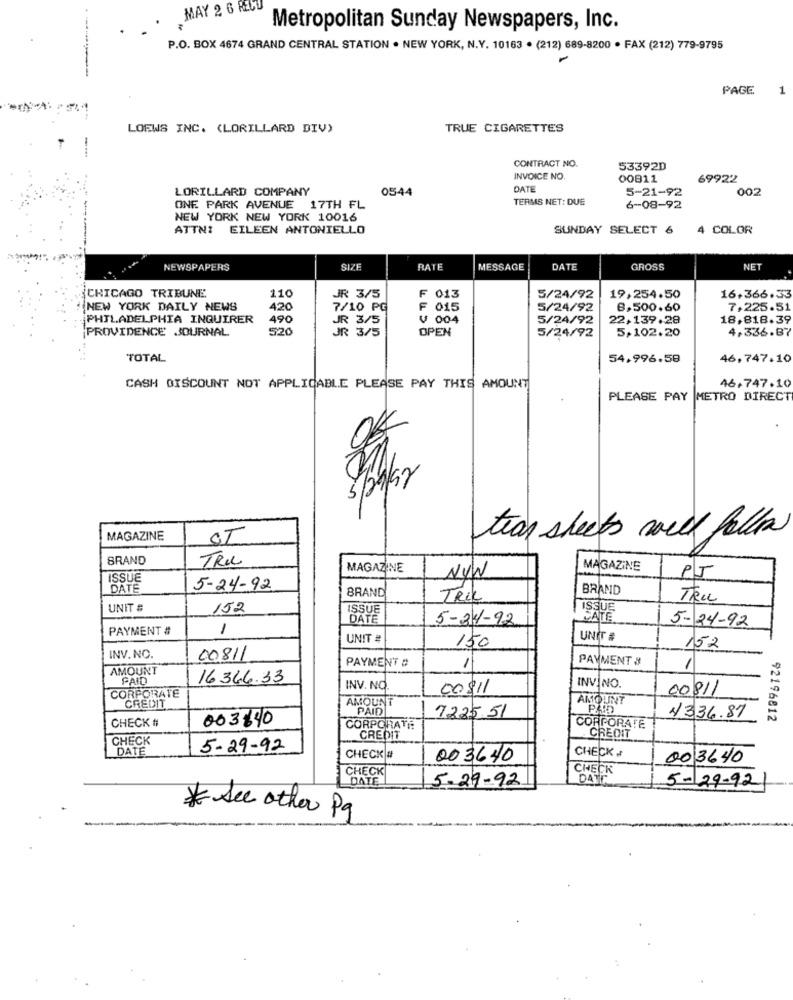
MAY 2 6 RECU
Metropolitan Sunday Newspapers, Inc.
P.O. BOX 4674 GRAND CENTRAL STATION . NEW YORK, N.Y. 10163 . (212) 689-8200 · FAX (212) 779-9795
PAGE
1
LOEWS INC. (LORILLARD DIV)
TRUE CIGARETTES
--
CONTRACT NO.
53392D
INVOICE NO.
00811
69922
LORILLARD COMPANY
0544
DATE
5-21-92
002
TERMS NET: DUE
ONE PARK AVENUE 17TH FL
6-08-92
NEW YORK NEW YORK 10016
ATTN: EILEEN ANTONIELLO
SUNDAY SELECT 6
4 COLOR
NEWSPAPERS
SIZE
RATE
MESSAGE
DATE
GROSS
NET
CHICAGO TRIBUNE
110
JR 3/5
F 013
5/24/92
19,254.50
16,366.33
NEW YORK DAILY NEWS
420
7/10 PC
F 015
5/24/92
8,500.60
7,225.51
PHILADELPHIA INQUIRER
490
JR 3/5
V 004
5/24/92
22,139.28
18,818.39
PROVIDENCE JOURNAL
520
JR 3/5
OPEN
4,336.87
5/24/92
5,102.20
TOTAL
54.996.58
46,747.10
46.747.10
CASH DISCOUNT NOT APPLICABLE PLEASE PAY THIS AMOUNT
PLEASE PAY
METRO DIRECT
5/09/97
MAGAZINE
ST
tian sheets will follow
BRAND
TRU
MAGAZINE
MAGAZINE
ISSUE
NYW
PJ
DATE
5-24-92
BRAND
BRAND
TRik
TRI
UNIT
152
ISSUE
TISSUE
DATE
5-34-92
SATE
PAYMENT #
1
5-24-92
UNIT #
UNIT #
150
152
INV.NO.
00811
PAYMENT &
AMOUNT
PAYMENT #
-
1
PAID
16366.33
INV. NO.
00$11
INVÍNO.
00811
CORPORATE
AMOUNT
AMOUNT
CREDIT
PAID
CHECK #
003640
7225 51
11/336.87
92196812
CORPORATE
CORPORATE
CHECK
CREDIT
CREOIT
DATE
5-29-92
CHECK
CHECK #
003640
003640
CHECK
CHECK
5-29-92
5-29-92
* See other Pg